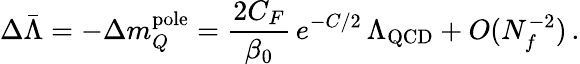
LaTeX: \Delta\bar{\Lambda}=-\Delta m_{Q}^{\mathrm{pole}}={\frac{2C_{F}}{\beta_{0}}}\, e^{-C/2}\, \Lambda_{\mathrm{QCD}}+O(N_{f}^{-2})\, .